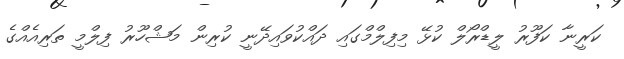
ކަރީނާ ކަފޫރު ލީޑްރޯލް ކުޅޭ މިފިލްމްގައި ދައްކުވައިދޭނީ ކުރިން މަޝްހޫރު ފިލްމީ ތަރިއެއްގެ